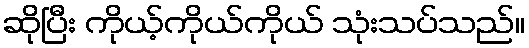
ဆိုပြီး ကိုယ့်ကိုယ်ကိုယ် သုံးသပ်သည်။